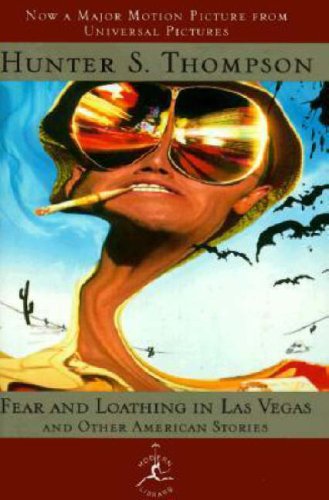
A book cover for Fear and Loathing in Las Vegas and Other American Stories (Modern Library); Hunter S. Thompson; Biographies & Memoirs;